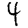
Digit: 4